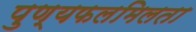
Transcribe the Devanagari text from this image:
पुण्यफलमिलता